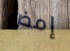
إمض